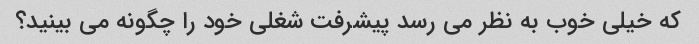
که خیلی خوب به نظر می رسد پیشرفت شغلی خود را چگونه می بینید؟